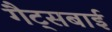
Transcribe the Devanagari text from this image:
गैट्सबाई